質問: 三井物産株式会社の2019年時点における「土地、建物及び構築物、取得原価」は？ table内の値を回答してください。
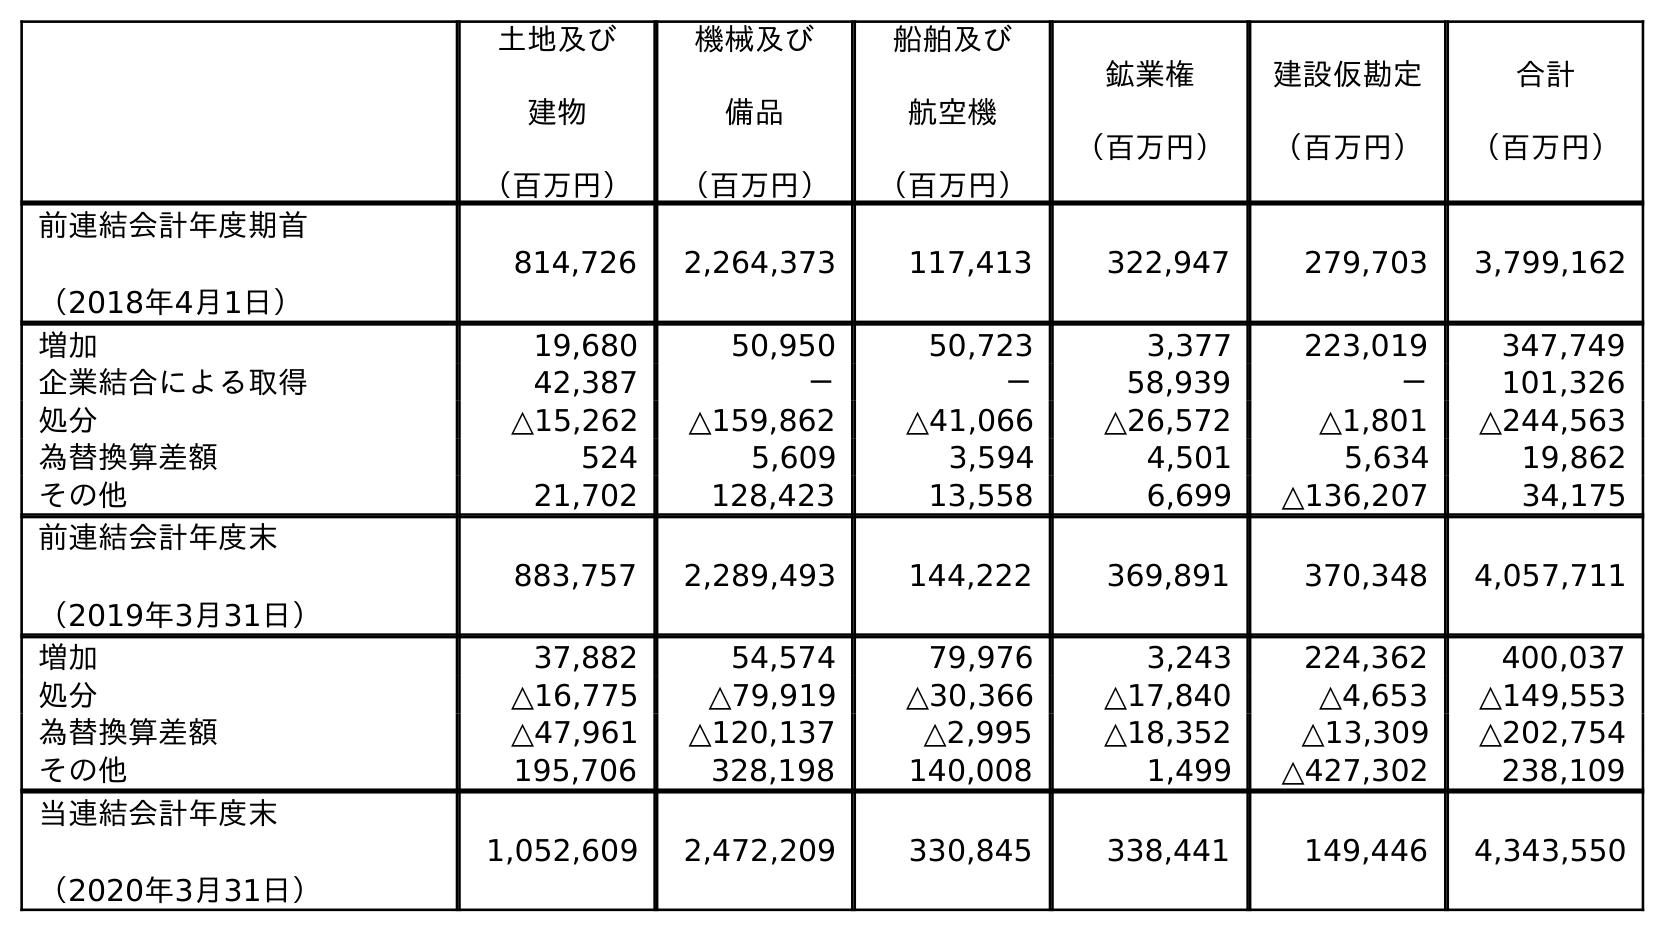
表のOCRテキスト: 土地及び 建物 （百万円） 機械及び 備品 （百万円） 船舶及び 航空機 （百万円） 鉱業権 （百万円） 建設仮勘定 （百万円） 合計 （百万円） 前連結会計年度期首 （2018年4月1日） 814,726 2,264,373 117,413 322,947 279,703 3,799,162 増加 19,680 50,950 50,723 3,377 223,019 347,749 企業結合による取得 42,387 － － 58,939 － 101,326 処分 △15,262 △159,862 △41,066 △26,572 △1,801 △244,563 為替換算差額 524 5,609 3,594 4,501 5,634 19,862 その他 21,702 128,423 13,558 6,699 △136,207 34,175 前連結会計年度末 （2019年3月31日） 883,757 2,289,493 144,222 369,891 370,348 4,057,711 増加 37,882 54,574 79,976 3,243 224,362 400,037 処分 △16,775 △79,919 △30,366 △17,840 △4,653 △149,553 為替換算差額 △47,961 △120,137 △2,995 △18,352 △13,309 △202,754 その他 195,706 328,198 140,008 1,499 △427,302 238,109 当連結会計年度末 （2020年3月31日） 1,052,609 2,472,209 330,845 338,441 149,446 4,343,550
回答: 883,757